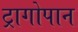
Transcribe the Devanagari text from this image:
ट्रागोपान